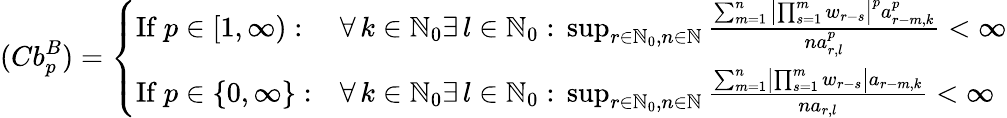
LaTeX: (Cb_{p}^{B})=\left\{ \begin{array}{ll}{\mathrm{If~}p\in[1,\infty):}&{\forall\, k\in\mathbb{N}_{0}\exists\, l\in\mathbb{N}_{0}:\, \operatorname*{sup}_{r\in\mathbb{N}_{0},n\in\mathbb{N}}\frac{\sum_{m=1}^{n}\left|\prod_{s=1}^{m}w_{r-s}\right|^{p}a_{r-m,k}^{p}}{na_{r,l}^{p}}<\infty}\\ {\mathrm{If~}p\in\{ 0,\infty\} :}&{\forall\, k\in\mathbb{N}_{0}\exists\, l\in\mathbb{N}_{0}:\, \operatorname*{sup}_{r\in\mathbb{N}_{0},n\in\mathbb{N}}\frac{\sum_{m=1}^{n}\left|\prod_{s=1}^{m}w_{r-s}\right|a_{r-m,k}}{na_{r,l}}<\infty}\end{array}\right.